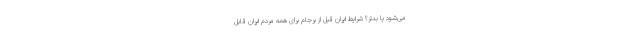
می‌شود یا بدتر؟ شرایط ایران قبل از برجام برای همه مردم ایران قابل